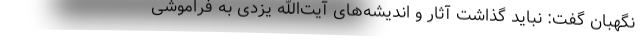
نگهبان گفت: نباید گذاشت آثار و اندیشه‌های آیت‌الله یزدی به فراموشی